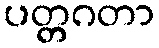
ပတ္တဂတာ